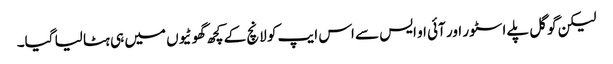
لیکن گوگل پلے اسٹور اور آئی او ایس سے اس ایپ کو لانچ کے کچھ گھوٹیوں میں ہی ہٹا لیا گیا۔